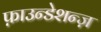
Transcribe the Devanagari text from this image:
फ़ाउन्डेशन्ज़